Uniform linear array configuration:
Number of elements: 8
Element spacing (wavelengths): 0.5
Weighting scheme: hann
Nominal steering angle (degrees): -45
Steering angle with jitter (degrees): -45.677
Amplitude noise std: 0.05
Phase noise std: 0.05

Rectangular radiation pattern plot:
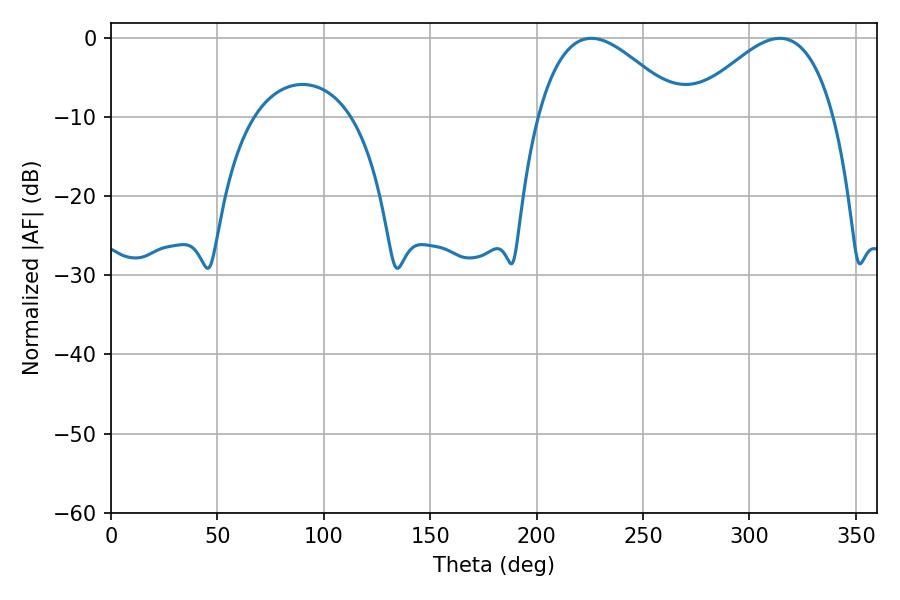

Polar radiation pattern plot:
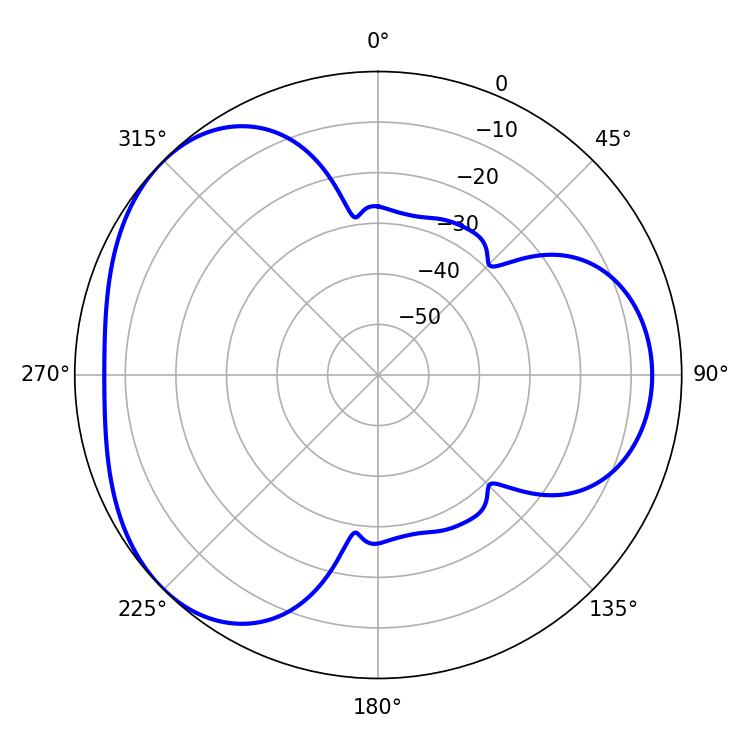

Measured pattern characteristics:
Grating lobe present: FALSE
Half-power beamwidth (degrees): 36.72
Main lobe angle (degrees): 225.72